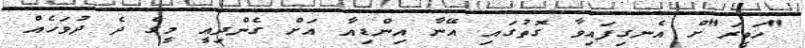
"ހަވީރަ"ށް އެނގިފައިވާ ގޮތުގައި އޭނާ އިންޑިއާ އަށް ގެންދިއީ މީގެ ދެ ދުވަހެއް